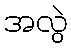
အလွဲ